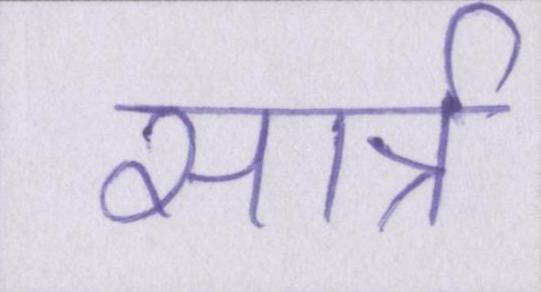
सार्त्र